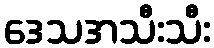
ဒေသအသီးသီး